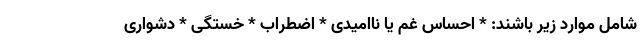
شامل موارد زیر باشند: * احساس غم یا ناامیدی * اضطراب * خستگی * دشواری